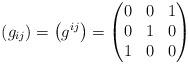
LaTeX: \begin{align*} \left(g_{ij}\right) = \left(g^{ij}\right) = \begin{pmatrix} 0 & 0 & 1 \\ 0 & 1 & 0 \\ 1 & 0 & 0 \end{pmatrix} \end{align*}